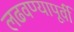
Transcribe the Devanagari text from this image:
लढवण्यापूर्वी